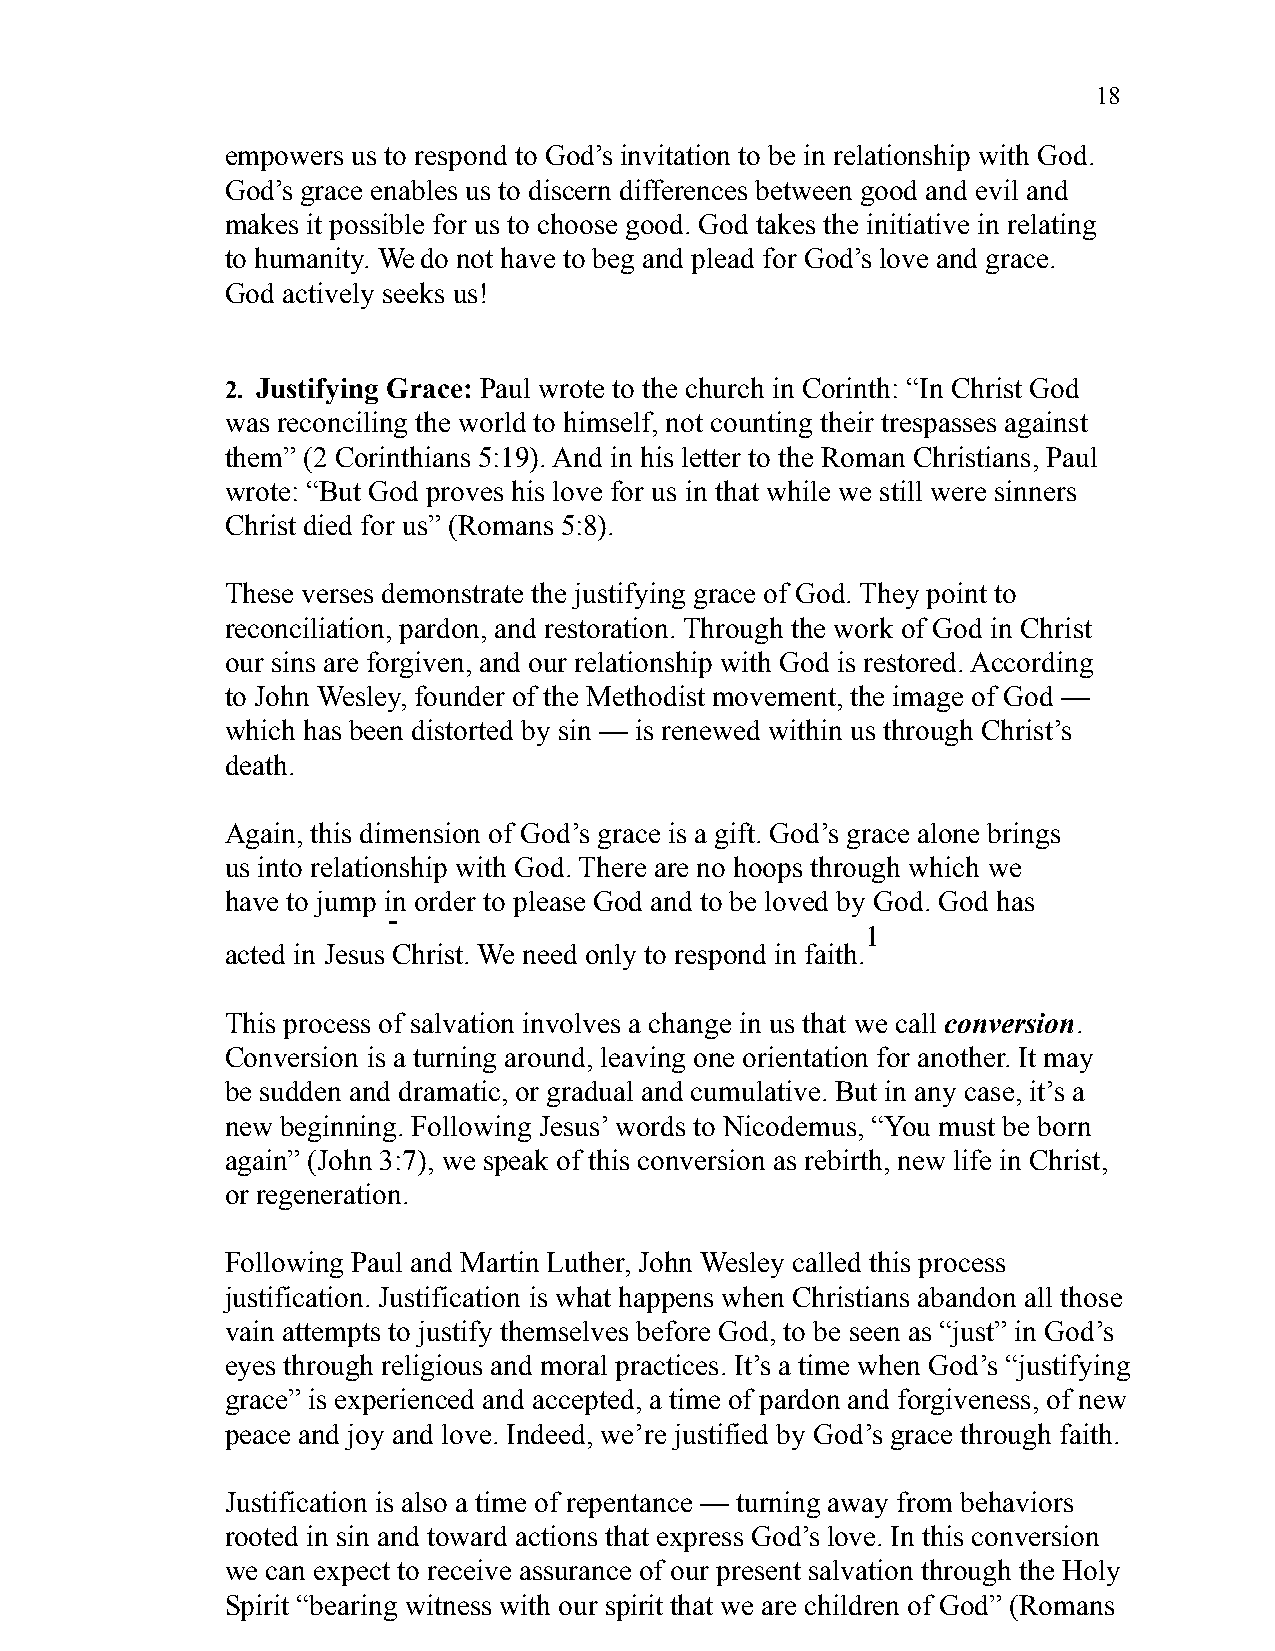
18
 empowers us to respond to God’s invitation to be in relationship with God.
 God’s grace enables us to discern differences between good and evil and
 makes it possible for us to choose good. God takes the initiative in relating
 to humanity. We do not have to beg and plead for God’s love and grace.
 God actively seeks us!
 2. Justifying Grace: Paul wrote to the church in Corinth: “In Christ God
 was reconciling the world to himself, not counting their trespasses against
 them” (2 Corinthians 5:19). And in his letter to the Roman Christians, Paul
 wrote: “But God proves his love for us in that while we still were sinners
 Christ died for us” (Romans 5:8).
 These verses demonstrate the justifying grace of God. They point to
 reconciliation, pardon, and restoration. Through the work of God in Christ
 our sins are forgiven, and our relationship with God is restored. According
 to John Wesley, founder of the Methodist movement, the image of God —
 which has been distorted by sin — is renewed within us through Christ’s
 death.
 Again, this dimension of God’s grace is a gift. God’s grace alone brings
 us into relationship with God. There are no hoops through which we
 have to jump in order to please God and to be loved by God. God has
 1
 acted in Jesus Christ. We need only to respond in faith.
 This process of salvation involves a change in us that we call conversion.
 Conversion is a turning around, leaving one orientation for another. It may
 be sudden and dramatic, or gradual and cumulative. But in any case, it’s a
 new beginning. Following Jesus’ words to Nicodemus, “You must be born
 again” (John 3:7), we speak of this conversion as rebirth, new life in Christ,
 or regeneration.
 Following Paul and Martin Luther, John Wesley called this process
 justification. Justification is what happens when Christians abandon all those
 vain attempts to justify themselves before God, to be seen as “just” in God’s
 eyes through religious and moral practices. It’s a time when God’s “justifying
 grace” is experienced and accepted, a time of pardon and forgiveness, of new
 peace and joy and love. Indeed, we’re justified by God’s grace through faith.
 Justification is also a time of repentance — turning away from behaviors
 rooted in sin and toward actions that express God’s love. In this conversion
 we can expect to receive assurance of our present salvation through the Holy
 Spirit “bearing witness with our spirit that we are children of God” (Romans